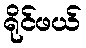
ရိုင်ဖယ်